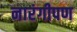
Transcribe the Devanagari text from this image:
नारंगीपण